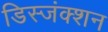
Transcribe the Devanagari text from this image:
डिस्जंक्शन